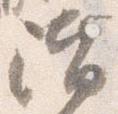
階